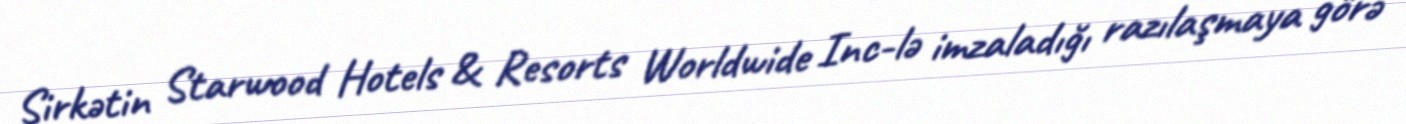
Şirkətin Starwood Hotels & Resorts Worldwide Inc-lə imzaladığı razılaşmaya görə